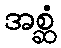
အစ္ဆံ